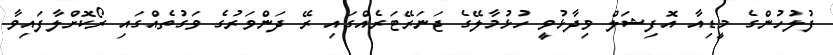
ފުލުހުންގެ މީޑިއާ އޮފިޝަލް ވިދާޅުވީ ހުޅުމާލޭގެ ޖަނަރޭޓަރެއްގައި ރޭ ދަންވަރުގެ ވަގުތެއްގައި ރޯކޮށްލާފައިވާ